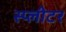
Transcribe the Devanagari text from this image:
स्प्लीटर